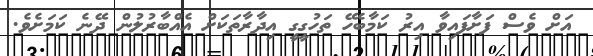
އަށް ވެސް ފަށާފައިވާ އިރު ކަމާބެހޭ ތަހުގީގީ އިދާރާތަކަށް އެއްބާރުލުން ދޭނެ ކަމަށެވެ.